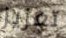
تعزيز